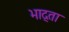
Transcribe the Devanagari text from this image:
भाद्ता